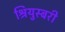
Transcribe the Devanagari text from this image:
श्रियुस्बरी